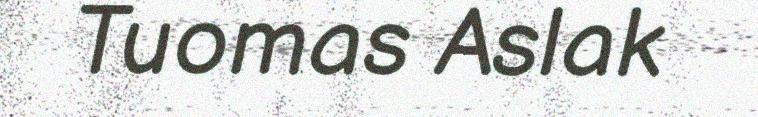
Tuomas Aslak